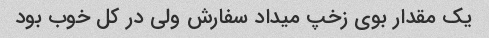
یک مقدار بوی زخپ میداد سفارش ولی در کل خوب بود